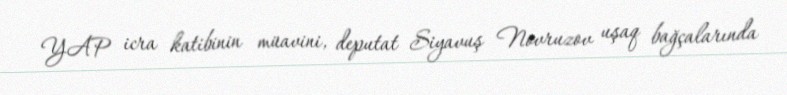
YAP icra katibinin müavini, deputat Siyavuş Novruzov uşaq bağçalarında